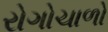
રોગોચાળો